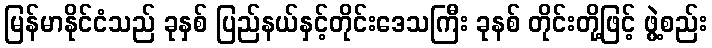
မြန်မာနိုင်ငံသည် ခုနှစ် ပြည်နယ်နှင့်တိုင်းဒေသကြီး ခုနစ် တိုင်းတို့ဖြင့် ဖွဲ့စည်း